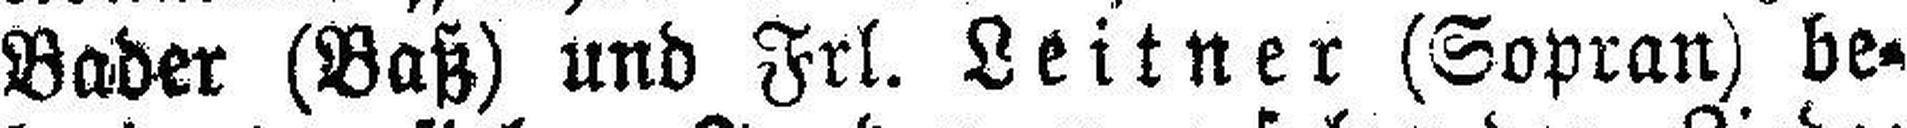
Bader (Baß) und Frl. Leitner (Sopran) be¬